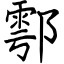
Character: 鄠